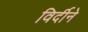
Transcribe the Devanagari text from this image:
विर्दीने